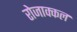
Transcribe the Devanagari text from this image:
रोजाक्कल